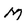
Character: M